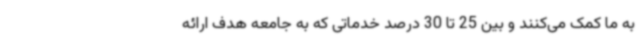
به ما کمک می‌کنند و بین 25 تا 30 درصد خدماتی که به جامعه هدف ارائه